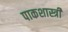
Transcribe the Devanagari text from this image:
पाकशास्त्री